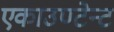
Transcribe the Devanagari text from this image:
एकाउण्टेन्ट